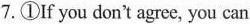
7.①If you dont agree, you can